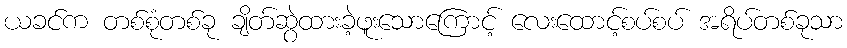
ယခင်က တစ်စုံတစ်ခု ချိတ်ဆွဲထားခဲ့ဖူးသောကြောင့် လေးထောင့်စပ်စပ် အရိပ်တစ်ခုသာ